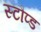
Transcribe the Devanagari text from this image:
स्टौप्ड